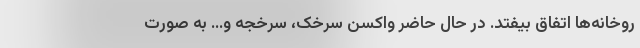
روخانه‌ها اتفاق بیفتد. در حال حاضر واکسن سرخک، سرخجه و... به صورت